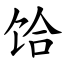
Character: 饸